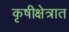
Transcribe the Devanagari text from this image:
कृषीक्षेत्रात